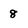
Character: 8